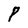
Character: P